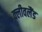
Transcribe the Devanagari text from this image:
क्‍लीवलैंड